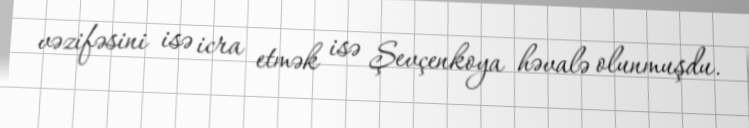
vəzifəsini isə icra etmək isə Şevçenkoya həvalə olunmuşdu.